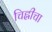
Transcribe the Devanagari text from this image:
चिह्लीचा